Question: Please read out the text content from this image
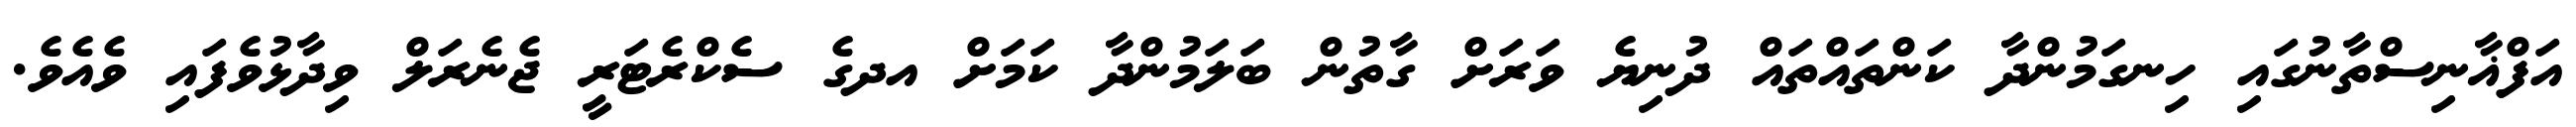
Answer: އަފްޣާނިސްތާނުގައި ހިނގަމުންދާ ކަންތައްތައް ދުނިޔެ ވަރަށް ގާތުން ބަލަމުންދާ ކަމަށް އދގެ ސެކްރެޓަރީ ޖެނެރަލް ވިދާޅުވެފައި ވެއެވެ.